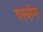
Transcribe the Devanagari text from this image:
वस्त्रोम